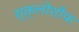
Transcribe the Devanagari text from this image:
स्क्लोशौफ